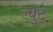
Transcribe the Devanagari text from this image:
ल्युट्